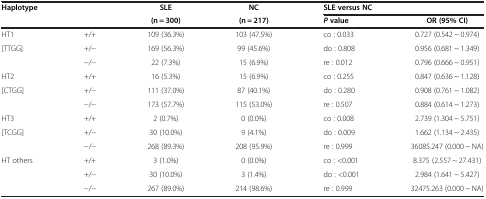
<table><thead><tr><td colspan="2"><b>Haplotype</b></td><td><b>SLE</b></td><td><b>NC</b></td><td colspan="2"><b>SLE versus NC</b></td></tr><tr><td><b> </b></td><td><b> </b></td><td><b>(n = 300)</b></td><td><b>(n = 217)</b></td><td><b><i>P </i>value</b></td><td><b>OR (95% CI)</b></td></tr></thead><tbody><tr><td>HT1</td><td>+/+</td><td>109 (36.3%)</td><td>103 (47.5%)</td><td>co : 0.033</td><td>0.727 (0.542 ~ 0.974)</td></tr><tr><td>[TTGG]</td><td>+/-</td><td>169 (56.3%)</td><td>99 (45.6%)</td><td>do : 0.808</td><td>0.956 (0.681 ~ 1.349)</td></tr><tr><td> </td><td>-/-</td><td>22 (7.3%)</td><td>15 (6.9%)</td><td>re : 0.012</td><td>0.796 (0.666 ~ 0.951)</td></tr><tr><td>HT2</td><td>+/+</td><td>16 (5.3%)</td><td>15 (6.9%)</td><td>co : 0.255</td><td>0.847 (0.636 ~ 1.128)</td></tr><tr><td>[CTGG]</td><td>+/-</td><td>111 (37.0%)</td><td>87 (40.1%)</td><td>do : 0.280</td><td>0.908 (0.761 ~ 1.082)</td></tr><tr><td> </td><td>-/-</td><td>173 (57.7%)</td><td>115 (53.0%)</td><td>re : 0.507</td><td>0.884 (0.614 ~ 1.273)</td></tr><tr><td>HT3</td><td>+/+</td><td>2 (0.7%)</td><td>0 (0.0%)</td><td>co : 0.008</td><td>2.739 (1.304 ~ 5.751)</td></tr><tr><td>[TCGG]</td><td>+/-</td><td>30 (10.0%)</td><td>9 (4.1%)</td><td>do : 0.009</td><td>1.662 (1.134 ~ 2.435)</td></tr><tr><td> </td><td>-/-</td><td>268 (89.3%)</td><td>208 (95.9%)</td><td>re : 0.999</td><td>36085.247 (0.000 ~ NA)</td></tr><tr><td>HT others</td><td>+/+</td><td>3 (1.0%)</td><td>0 (0.0%)</td><td>co : &lt;0.001</td><td>8.375 (2.557 ~ 27.431)</td></tr><tr><td> </td><td>+/-</td><td>30 (10.0%)</td><td>3 (1.4%)</td><td>do : &lt;0.001</td><td>2.984 (1.641 ~ 5.427)</td></tr><tr><td> </td><td>-/-</td><td>267 (89.0%)</td><td>214 (98.6%)</td><td>re : 0.999</td><td>32475.263 (0.000 ~ NA)</td></tr></tbody></table>